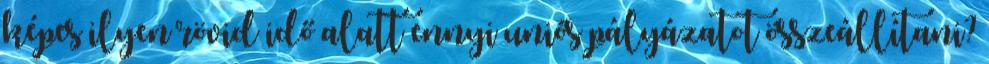
képes ilyen rövid idő alatt ennyi uniós pályázatot összeállítani?